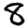
Digit: 8